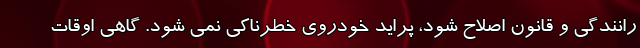
رانندگی و قانون اصلاح شود، پراید خودروی خطرناکی نمی شود. گاهی اوقات